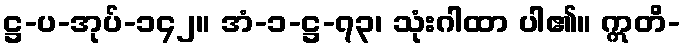
ဋ္ဌ-ပ-အုပ်-၁၄၂။ အံ-၁-ဋ္ဌ-၇၃၊ သုံးဂါထာ ပါ၏။ ဣတိ-